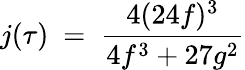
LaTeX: j(\tau)~=~{\frac{4(24f)^{3}}{4f^{3}+27g^{2}}}